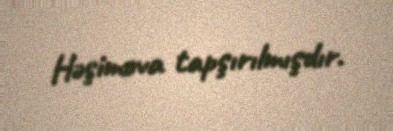
Həşimova tapşırılmışdır.